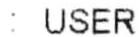
: USER